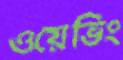
ওয়েভিং